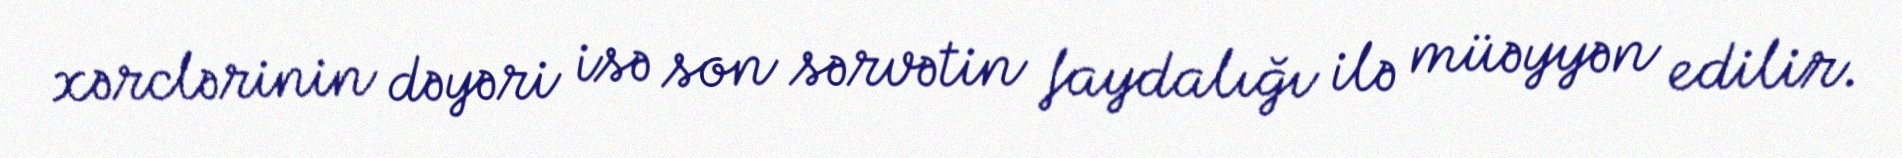
xərclərinin dəyəri isə son sərvətin faydalığı ilə müəyyən edilir.